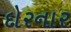
દોરનાર